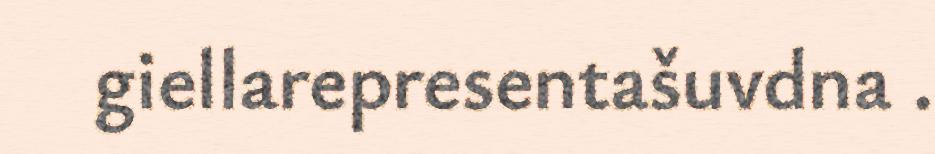
giellarepresentašuvdna .